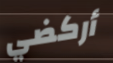
أركضي